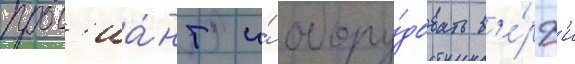
пров'иа́нт и́ обору́довать в'е́рф'и